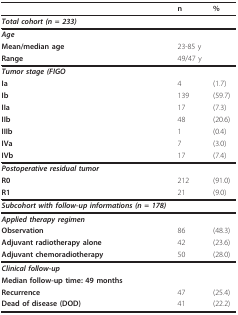
<table><thead><tr><td></td><td><b>n</b></td><td><b>%</b></td></tr></thead><tbody><tr><td><b><i>Total cohort (n = 233)</i></b></td><td></td><td></td></tr><tr><td><b><i>Age</i></b></td><td></td><td></td></tr><tr><td><b>Mean/median age</b></td><td>23-85 y</td><td></td></tr><tr><td><b>Range</b></td><td>49/47 y</td><td></td></tr><tr><td><b><i>Tumor stage (FIGO</i></b></td><td></td><td></td></tr><tr><td><b>Ia</b></td><td>4</td><td>(1.7)</td></tr><tr><td><b>Ib</b></td><td>139</td><td>(59.7)</td></tr><tr><td><b>IIa</b></td><td>17</td><td>(7.3)</td></tr><tr><td><b>IIb</b></td><td>48</td><td>(20.6)</td></tr><tr><td><b>IIIb</b></td><td>1</td><td>(0.4)</td></tr><tr><td><b>IVa</b></td><td>7</td><td>(3.0)</td></tr><tr><td><b>IVb</b></td><td>17</td><td>(7.4)</td></tr><tr><td><b><i>Postoperative residual tumor</i></b></td><td></td><td></td></tr><tr><td><b>R0</b></td><td>212</td><td>(91.0)</td></tr><tr><td><b>R1</b></td><td>21</td><td>(9.0)</td></tr><tr><td><b><i>Subcohort with follow-up informations (n = 178)</i></b></td><td></td><td></td></tr><tr><td><b><i>Applied therapy regimen</i></b></td><td></td><td></td></tr><tr><td><b>Observation</b></td><td>86</td><td>(48.3)</td></tr><tr><td><b>Adjuvant radiotherapy alone</b></td><td>42</td><td>(23.6)</td></tr><tr><td><b>Adjuvant chemoradiotherapy</b></td><td>50</td><td>(28.0)</td></tr><tr><td><b><i>Clinical follow-up</i></b></td><td></td><td></td></tr><tr><td><b>Median follow-up time: 49 months</b></td><td></td><td></td></tr><tr><td><b>Recurrence</b></td><td>47</td><td>(25.4)</td></tr><tr><td><b>Dead of disease (DOD)</b></td><td>41</td><td>(22.2)</td></tr></tbody></table>